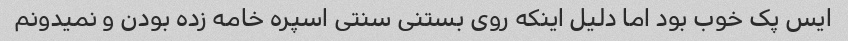
ایس پک خوب بود اما دلیل اینکه روی بستنی سنتی اسپره خامه زده بودن و نمیدونم